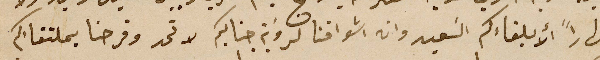
نهاراً ألا بلقاءكم السَعيد وان اشواقنا لروبَة جنابكم لا تحد وفرحنا بملتقاءكم